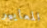
المعايير